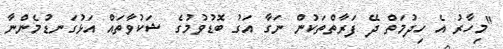
"މިހާރު އެ ހިދުމަތް ދޭ ފަރާތްތަކުން ނަގާ އަގު ބޮޑުވުމުގެ ޝަކުވާތައް އަޅުގަނޑުމެންނާ